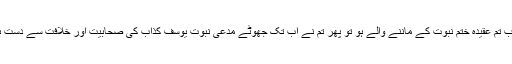
لیکن جب اس سے یہ سوال ہوا کہ جب تم عقیدہ ختم نبوت کے ماننے والے ہو تو پھر تم نے اب تک جھوٹے مدعی نبوت یوسف کذاب کی صحابیت اور خلافت سے دست برداری کا اعلان کیوں نہیں کیا ہے ۔